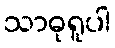
သာဓုရူပါ